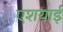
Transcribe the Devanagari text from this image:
एशयाई